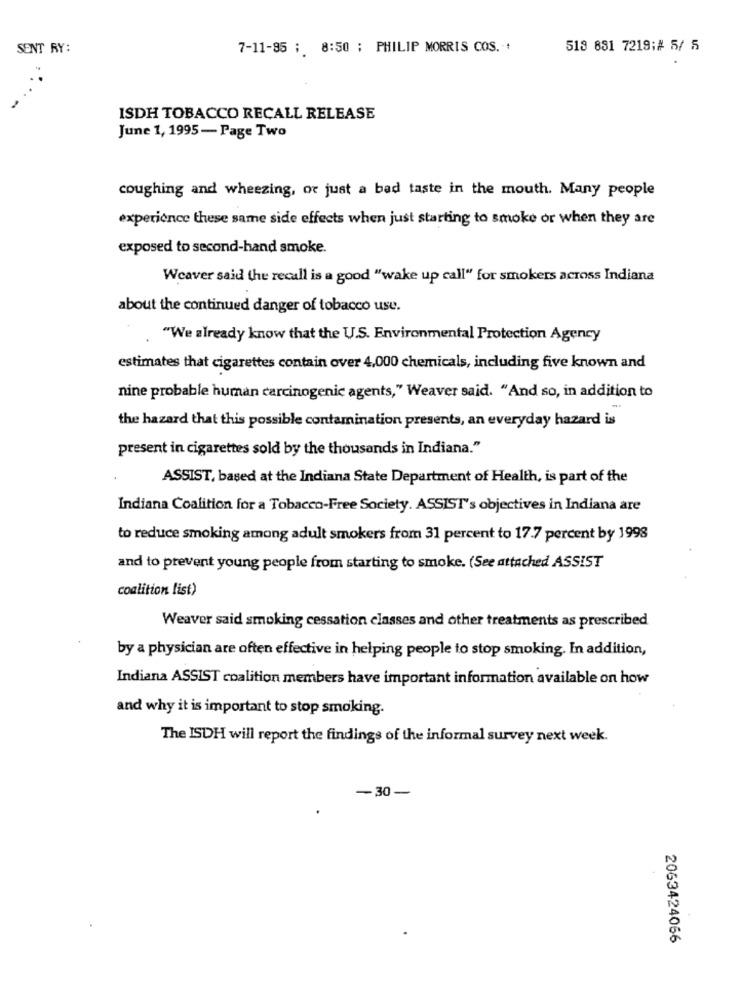
SENT RY:
7-11-95 ; 8:50 ; PHILIP MORRIS COS. .
513 881 7219;# 5/ 5
ISDH TOBACCO RECALL RELEASE
June 1, 1995- Page Two
coughing and wheezing, or just a bad taste in the mouth. Many people
experience these same side effects when just starting to smoke or when they are
exposed to second-hand smoke.
Weaver said the recall is a good "wake up call" for smokers across Indiana
about the continued danger of tobacco use.
"We already know that the U.S. Environmental Protection Agency
estimates that cigarettes contain over 4,000 chemicals, including five known and
nine probable human carcinogenic agents," Weaver said. "And so, in addition to
the hazard that this possible contamination presents, an everyday hazard is
present in cigarettes sold by the thousands in Indiana."
ASSIST, based at the Indiana State Department of Health, is part of the
Indiana Coalition for a Tobacco-Free Society. ASSIST's objectives in Indiana are
to reduce smoking among adult smokers from 31 percent to 17.7 percent by 1998
and to prevent young people from starting to smoke. (See attached ASSIST
coalition list)
Weaver said smoking cessation classes and other treatments as prescribed
by a physician are often effective in helping people to stop smoking. In addition,
Indiana ASSIST coalition members have important information available on how
and why it is important to stop smoking.
The ISDH will report the findings of the informal survey next week.
-30-
2063424066